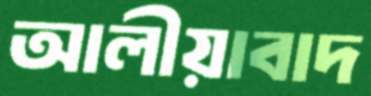
আলীয়াবাদ